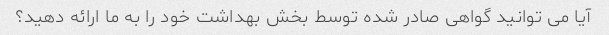
آیا می توانید گواهی صادر شده توسط بخش بهداشت خود را به ما ارائه دهید؟